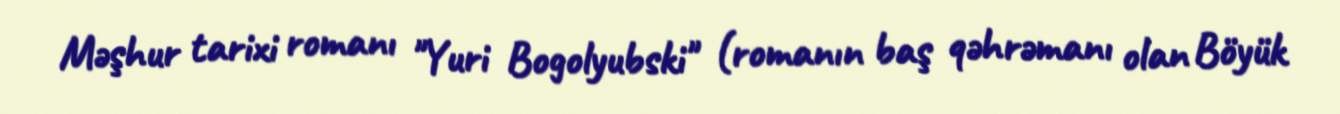
Məşhur tarixi romanı "Yuri Bogolyubski" (romanın baş qəhrəmanı olan Böyük